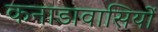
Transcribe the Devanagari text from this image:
कनाडावासियों